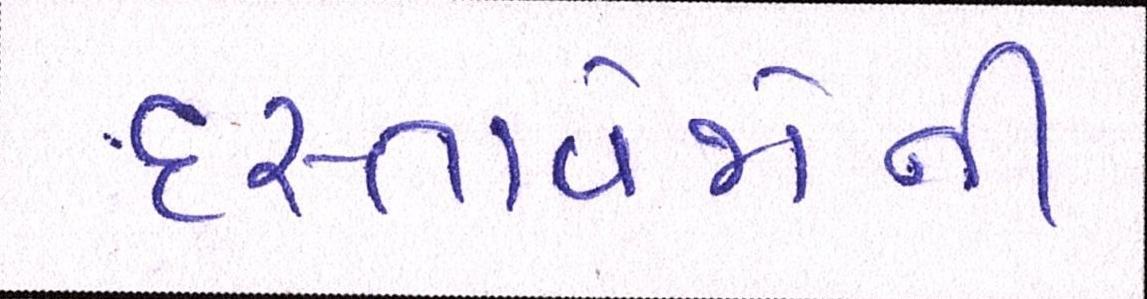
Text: દસ્તાવેજોની